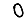
Digit: 0